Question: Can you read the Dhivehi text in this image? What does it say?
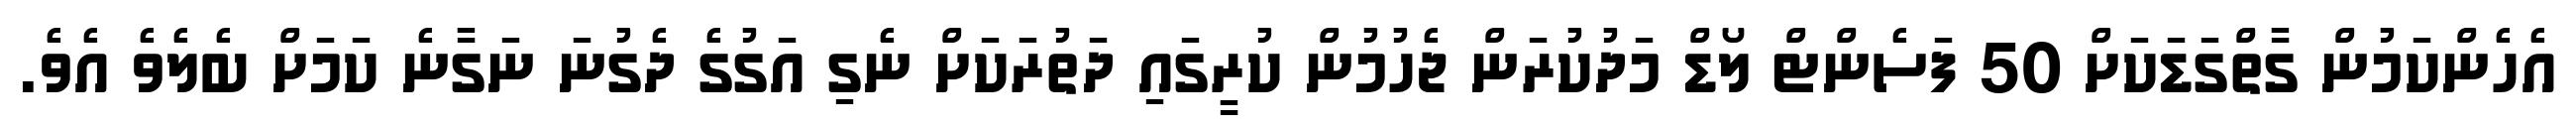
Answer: އެހެންކަމުން ގާތްގަޑަކަށް 50 ފަސެންޓް ލޯޑް މަދުކުރަން ޖެހުމުން ކުރީގައި ދަތުރަކަށް ނެގި އަގުގެ ދެގުނަ ނަގާނެ ކަމަށް ބެލެވެ އެވެ.